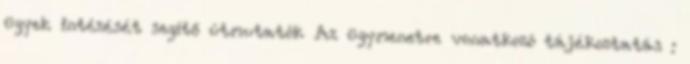
ügyek intézését segítő útmutatók Az ügymenetre vonatkozó tájékoztatás :